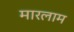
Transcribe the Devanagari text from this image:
मारलाम